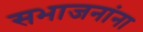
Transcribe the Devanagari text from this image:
सभाजनांना